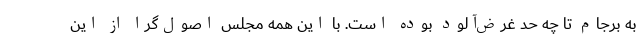
به برجام تا چه حد غرض‌آلود بوده است. با این همه مجلس اصول‌گرا از این